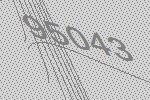
95043